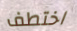
اختطف